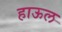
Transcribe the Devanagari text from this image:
हाऊल